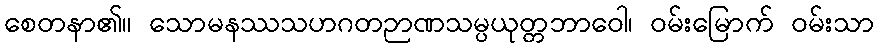
စေတနာ၏။ သောမနဿသဟဂတဉာဏသမ္ပယုတ္တဘာဝေါ၊ ဝမ်းမြောက် ဝမ်းသာ